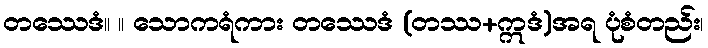
တဿေဒံ။ ။ သောကရံကား တဿေဒံ (တဿ+ဣဒံ)အရ ပုံစံတည်း၊